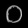
Digit: ၀